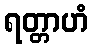
ရတ္တာဟံ